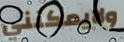
ولايمكنني